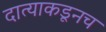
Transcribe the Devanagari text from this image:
दात्याकडूनच